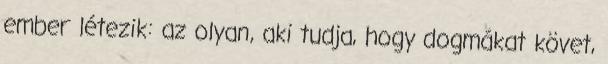
ember létezik: az olyan, aki tudja, hogy dogmákat követ,